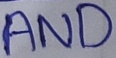
Text: AND